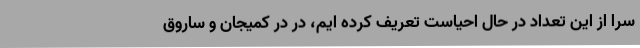
سرا از این تعداد در حال احیاست تعریف کرده ایم، در در کمیجان و ساروق